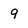
Character: 9